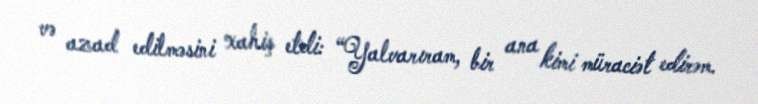
və azad edilməsini xahiş etdi: “Yalvarıram, bir ana kimi müraciət edirəm.